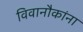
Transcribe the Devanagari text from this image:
विवानौकांना